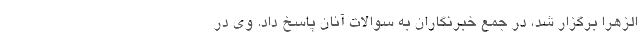
الزهرا برگزار شد، در جمع خبرنگاران به سوالات آنان پاسخ داد. وی در